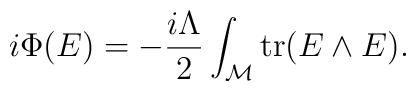
i\Phi(E)=-{i\Lambda\over 2}\int_{\cal M} {\rm tr}(E\wedge E).